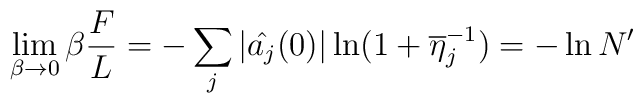
\lim_{\beta\rightarrow 0}\beta \frac{F}{L}=-\sum_j|\hat{a_j}(0)|\ln(1+\overline{\eta}_j^{-1})=-\ln N'